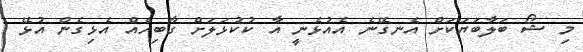
މި ޝޯ ބަލާބަޔަކަށް އެނގޭނެ އެއުޅެނީ އާ ކުކުޅަލަށް ގާބިހެއް އެޅިގެން އުޅޭ